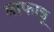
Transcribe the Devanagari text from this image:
माफान्नू